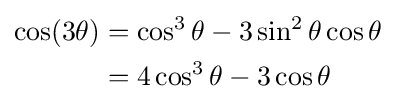
{\begin{aligned}\cos(3\theta )&=\cos ^{3}\theta -3\sin ^{2}\theta \cos \theta \\&=4\cos ^{3}\theta -3\cos \theta \end{aligned}}